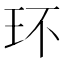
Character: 环